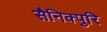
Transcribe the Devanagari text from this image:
सैनिक्पुरि